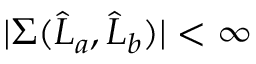
| \Sigma ( \widehat { L } _ { a } , \widehat { L } _ { b } ) | < \infty